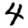
Digit: 4